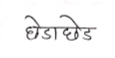
मजकूर: छेडाछेड